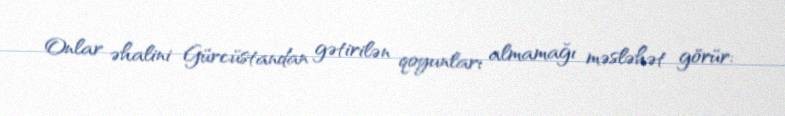
Onlar əhalini Gürcüstandan gətirilən qoyunları almamağı məsləhət görür: